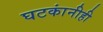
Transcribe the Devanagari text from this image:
घटकांनीही